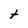
Character: t